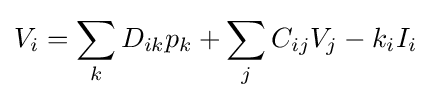
V_{i}=\sum _{k}D_{ik}p_{k}+\sum _{j}C_{ij}V_{j}-k_{i}I_{i}